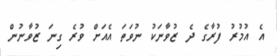
އެ އުމުރު ފުރާގެ ދެ ޒުވާނަކު ނުވަތަ އެއަށް ވުރެ ގިނަ ޒުވާނުން